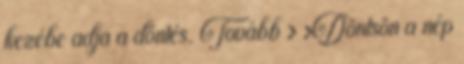
kezébe adja a döntés. Tovább › ›Döntsön a nép